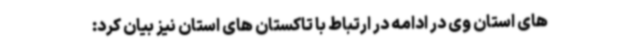
های استان وی در ادامه در ارتباط با تاکستان های استان نیز بیان کرد: